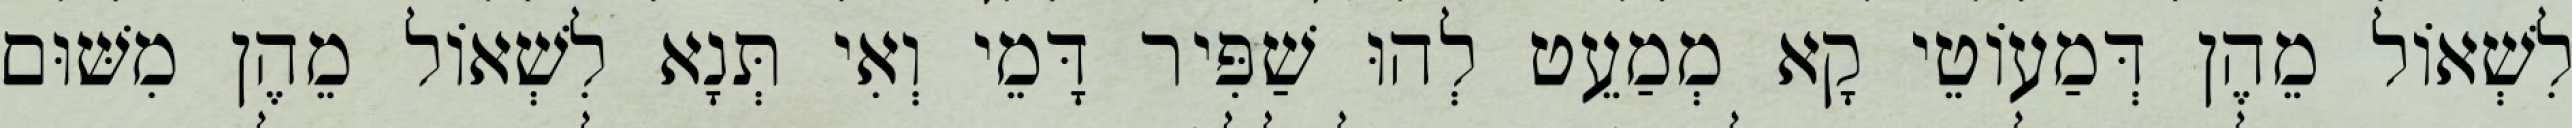
לִשְׁאוֹל מֵהֶן דְּמַעוֹטֵי קָא מְמַעֵט לְהוּ שַׁפִּיר דָּמֵי וְאִי תְּנָא לִשְׁאוֹל מֵהֶן מִשּׁוּם